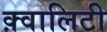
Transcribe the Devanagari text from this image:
क़्वालिटी